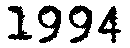
1994